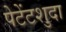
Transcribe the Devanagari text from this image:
पेटेंटशुदा